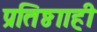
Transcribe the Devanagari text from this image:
प्रतिष्ठााही